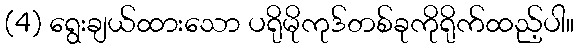
(4) ရွေးချယ်ထားသော ပရိုမိုကုဒ်တစ်ခုကိုရိုက်ထည့်ပါ။